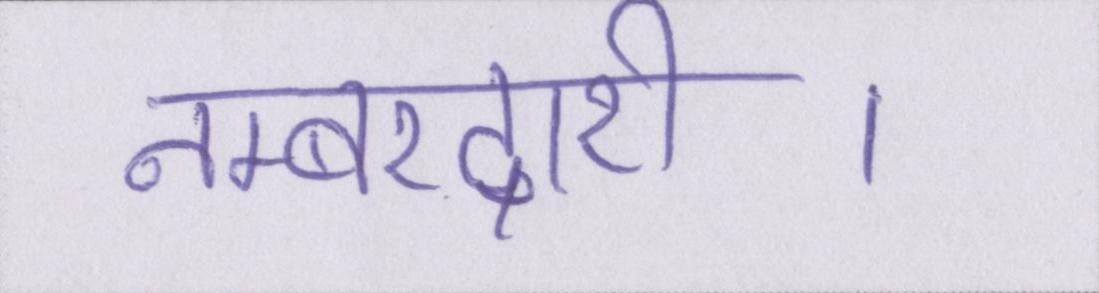
नम्बरदारी।